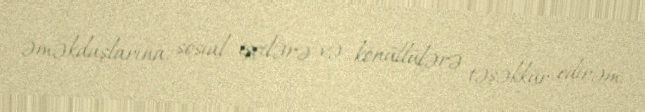
əməkdaşlarına, sosial işçilərə və könüllülərə təşəkkür edirəm.